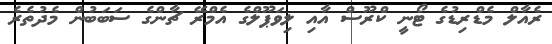
ރެއާލް މެޑްރިޑުގެ ޓޯނީ ކްރޫސް އާއި ލިވަޕޫލްގެ އެމްރޭ ޗާންގެ ސަބަބުން މެދުތެރެ